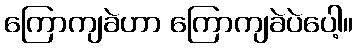
ကြောကျခဲဟာ ကြောကျခဲပဲပေါ့။